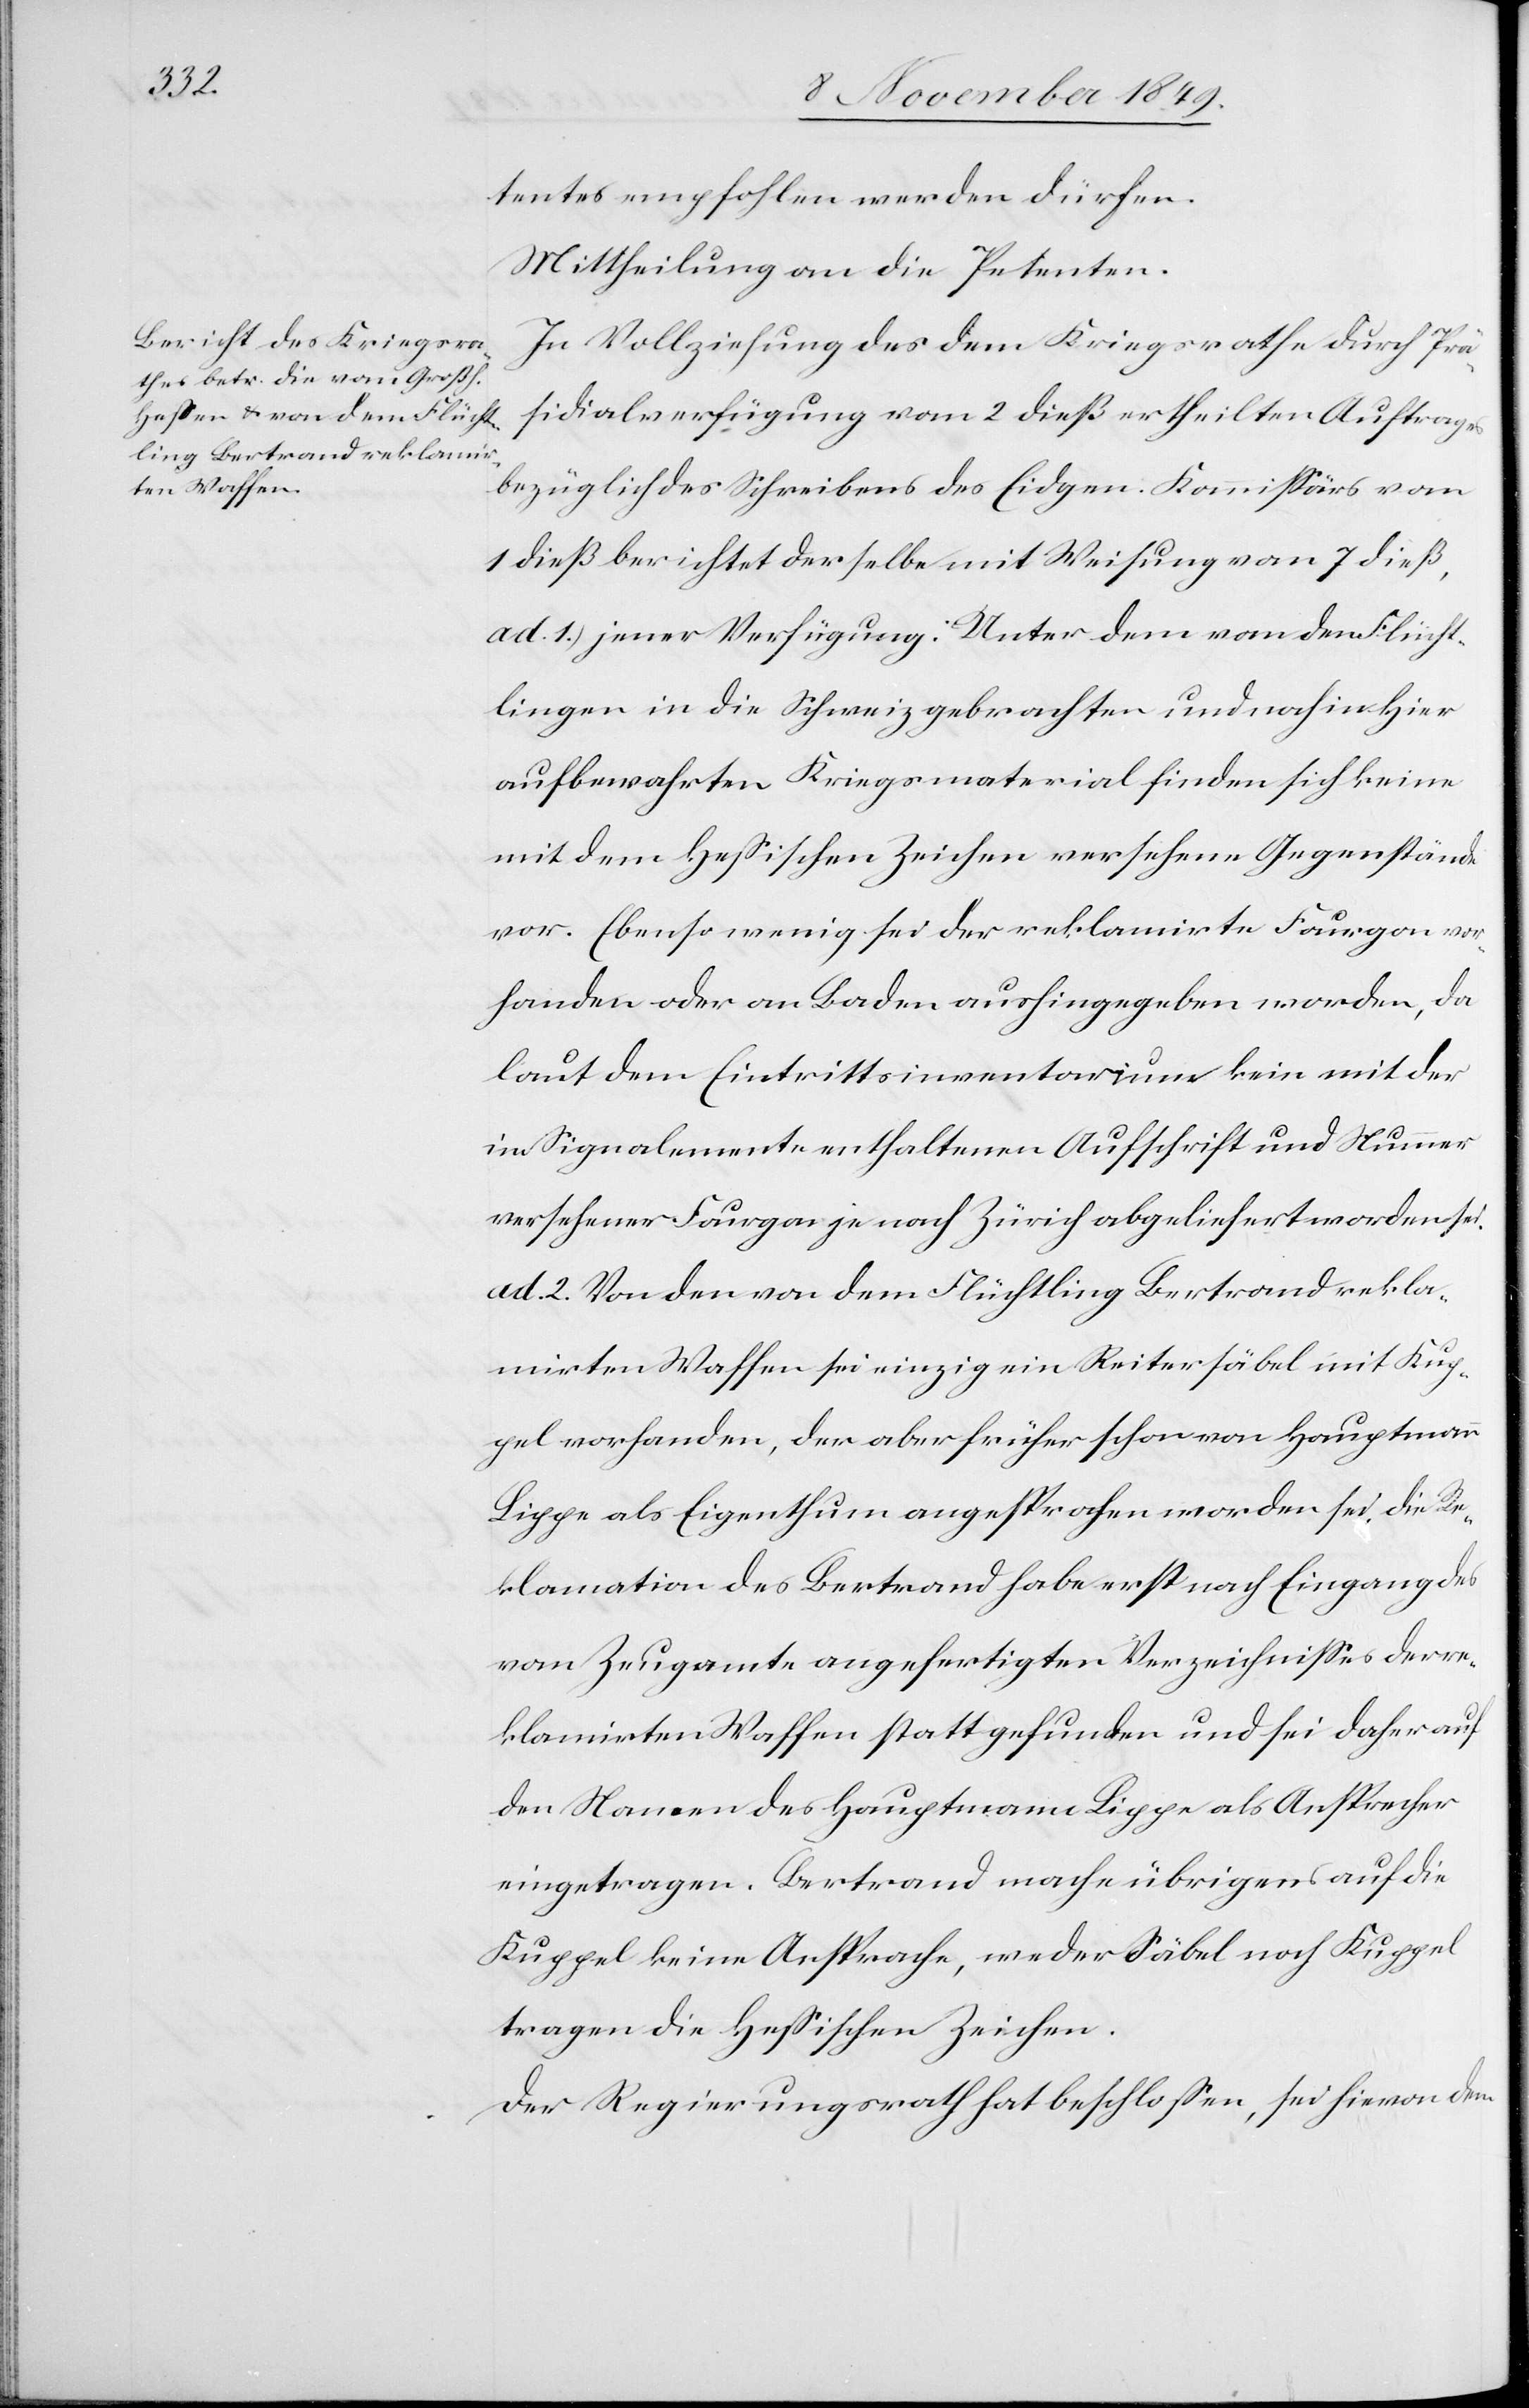
tentes empfohlen werden dürfen.
Mittheilung an die Petenten.
In Vollziehung des dem Kriegsrathe durch Prä¬
sidialverfügung vom 2 dieß ertheilten Auftrags
bezüglich des Schreibens des Eidgen. Kommißärs vom
1 dieß berichtet derselbe mit Weisung vom 7 dieß,
ad 1.) jener Verfügung: Unter dem von den Flücht¬
lingen in die Schweiz gebrachten und nach in hier
aufbewahrten Kriegsmaterial finden sich keine
mit dem Heßischen Zeichen versehenen Gegenstände
vor. Ebenso wenig sei der reklamirte Fourgon vo¬
rhanden oder an Baden aushingegeben worden, da
laut dem Eintrittsinventarium kein mit der
im Signalemente enthaltenen Aufschrift und Nummer
versehener Fourgon je nach Zürich abgeliefert worden sei.
ad 2. Von den von dem Flüchtling Bertrand rekla¬
mirten Waffen sei einzig ein Reitersäbel mit Kup¬
pel vorhanden, der aber früher schon von Hauptmann
Lippe als Eigenthum angesprochen worden sei, die Re¬
klamation des Betrand habe erst nach Eingang des
vom Zeugamte angefertigten Verzeichnißes der re¬
klamirten Waffen stattgefunden und sei daher auf
den Namen des Hauptmann Lippe als Ansprecher
eingetragen. Bertrand mache übrigens auf die
Kuppel keine Ansprache, weder Säbel noch Kuppel
tragen die Heßischen Zeichen.
Der Regierungsrath hat beschloßen, sei hievon dem